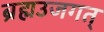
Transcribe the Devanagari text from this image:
ब्रह्मउजगत्